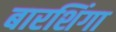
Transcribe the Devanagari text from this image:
बारशिंगा